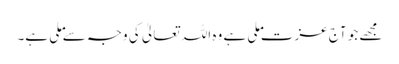
مجھے جو آج عزت ملی ہے وہ اللہ تعالیٰ کی وجہ سے ملی ہے۔